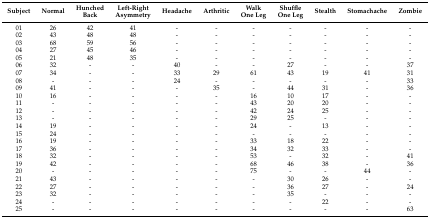
<table><thead><tr><td><b>Subject</b></td><td><b>Normal</b></td><td><b>Hunched Back</b></td><td><b>Left-Right Asymmetry</b></td><td><b>Headache</b></td><td><b>Arthritic</b></td><td><b>Walk One Leg</b></td><td><b>Shuffle One Leg</b></td><td><b>Stealth</b></td><td><b>Stomachache</b></td><td><b>Zombie</b></td></tr></thead><tbody><tr><td>01</td><td>26</td><td>42</td><td>41</td><td>-</td><td>-</td><td>-</td><td>-</td><td>-</td><td>-</td><td>-</td></tr><tr><td>02</td><td>43</td><td>48</td><td>48</td><td>-</td><td>-</td><td>-</td><td>-</td><td>-</td><td>-</td><td>-</td></tr><tr><td>03</td><td>68</td><td>59</td><td>56</td><td>-</td><td>-</td><td>-</td><td>-</td><td>-</td><td>-</td><td>-</td></tr><tr><td>04</td><td>27</td><td>45</td><td>46</td><td>-</td><td>-</td><td>-</td><td>-</td><td>-</td><td>-</td><td>-</td></tr><tr><td>05</td><td>21</td><td>48</td><td>35</td><td>-</td><td>-</td><td>-</td><td>-</td><td>-</td><td>-</td><td>-</td></tr><tr><td>06</td><td>32</td><td>-</td><td>-</td><td>40</td><td>-</td><td>-</td><td>27</td><td>-</td><td>-</td><td>37</td></tr><tr><td>07</td><td>34</td><td>-</td><td>-</td><td>33</td><td>29</td><td>61</td><td>43</td><td>19</td><td>41</td><td>31</td></tr><tr><td>08</td><td>-</td><td>-</td><td>-</td><td>24</td><td>-</td><td>-</td><td>-</td><td>-</td><td>-</td><td>33</td></tr><tr><td>09</td><td>41</td><td>-</td><td>-</td><td>-</td><td>35</td><td>-</td><td>44</td><td>31</td><td>-</td><td>36</td></tr><tr><td>10</td><td>16</td><td>-</td><td>-</td><td>-</td><td>-</td><td>16</td><td>10</td><td>17</td><td>-</td><td>-</td></tr><tr><td>11</td><td>-</td><td>-</td><td>-</td><td>-</td><td>-</td><td>43</td><td>20</td><td>20</td><td>-</td><td>-</td></tr><tr><td>12</td><td>-</td><td>-</td><td>-</td><td>-</td><td>-</td><td>42</td><td>24</td><td>25</td><td>-</td><td>-</td></tr><tr><td>13</td><td>-</td><td>-</td><td>-</td><td>-</td><td>-</td><td>29</td><td>25</td><td>-</td><td>-</td><td>-</td></tr><tr><td>14</td><td>19</td><td>-</td><td>-</td><td>-</td><td>-</td><td>24</td><td>-</td><td>13</td><td>-</td><td>-</td></tr><tr><td>15</td><td>24</td><td>-</td><td>-</td><td>-</td><td>-</td><td>-</td><td>-</td><td>-</td><td>-</td><td>-</td></tr><tr><td>16</td><td>19</td><td>-</td><td>-</td><td>-</td><td>-</td><td>33</td><td>18</td><td>22</td><td>-</td><td>-</td></tr><tr><td>17</td><td>36</td><td>-</td><td>-</td><td>-</td><td>-</td><td>34</td><td>32</td><td>33</td><td>-</td><td>-</td></tr><tr><td>18</td><td>32</td><td>-</td><td>-</td><td>-</td><td>-</td><td>53</td><td>-</td><td>32</td><td>-</td><td>41</td></tr><tr><td>19</td><td>42</td><td>-</td><td>-</td><td>-</td><td>-</td><td>68</td><td>46</td><td>38</td><td>-</td><td>36</td></tr><tr><td>20</td><td>-</td><td>-</td><td>-</td><td>-</td><td>-</td><td>75</td><td>-</td><td>-</td><td>44</td><td>-</td></tr><tr><td>21</td><td>43</td><td>-</td><td>-</td><td>-</td><td>-</td><td>-</td><td>30</td><td>26</td><td>-</td><td>-</td></tr><tr><td>22</td><td>27</td><td>-</td><td>-</td><td>-</td><td>-</td><td>-</td><td>36</td><td>27</td><td>-</td><td>24</td></tr><tr><td>23</td><td>32</td><td>-</td><td>-</td><td>-</td><td>-</td><td>-</td><td>35</td><td>-</td><td>-</td><td>-</td></tr><tr><td>24</td><td>-</td><td>-</td><td>-</td><td>-</td><td>-</td><td>-</td><td>-</td><td>22</td><td>-</td><td>-</td></tr><tr><td>25</td><td>-</td><td>-</td><td>-</td><td>-</td><td>-</td><td>-</td><td>-</td><td>-</td><td>-</td><td>63</td></tr></tbody></table>